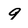
Character: 9